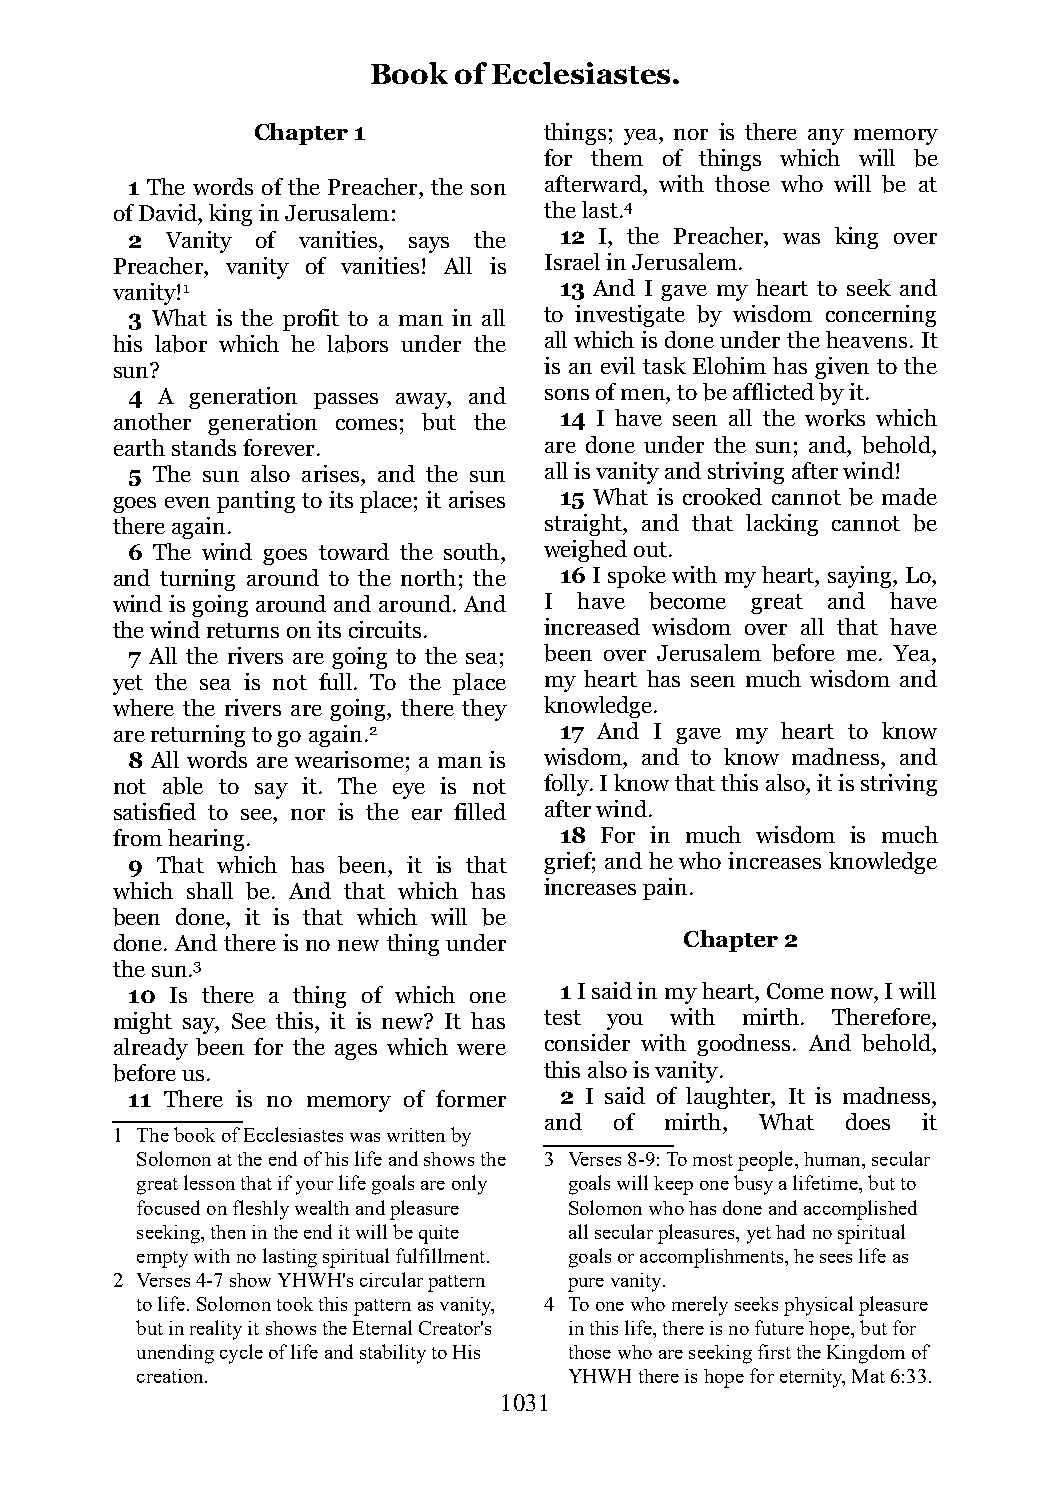
Book  of Ecclesiastes.
 Chapter 1          things; yea, nor is there any memory
 for them of things which will be
 1 The words of the Preacher, the son afterward, with those who will be at
 of David, king in Jerusalem: the last.4
 2  Vanity of vanities, says the 12 I, the Preacher, was king over
 Preacher, vanity of vanities! All is Israel in Jerusalem.
 vanity!1                      13 And I gave my heart to seek and
 3 What is the profit to a man in all to investigate by wisdom concerning
 his labor which he labors under the all which is done under the heavens. It
 sun?                         is an evil task Elohim has given to the
 4  A generation passes away, and sons of men, to be afflicted by it.
 another generation comes; but the 14 I have seen all the works which
 earth stands forever.        are done under the sun; and, behold,
 5 The sun also arises, and the sun all is vanity and striving after wind!
 goes even panting to its place; it arises 15 What is crooked cannot be made
 there again.                 straight, and that lacking cannot be
 6 The wind goes toward the south, weighed out.
 and turning around to the north; the 16 I spoke with my heart, saying, Lo,
 wind is going around and around. And I have become great and have
 the wind returns on its circuits. increased wisdom over all that have
 7 All the rivers are going to the sea; been over Jerusalem before me. Yea,
 yet the sea is not full. To the place my heart has seen much wisdom and
 where the rivers are going, there they knowledge.
 are returning to go again.2   17 And I gave my heart to know
 8 All words are wearisome; a man is wisdom, and to know madness, and
 not able to say it. The eye is not folly. I know that this also, it is striving
 satisfied to see, nor is the ear filled after wind.
 from hearing.                 18 For in much wisdom is much
 9 That which has been, it is that grief; and he who increases knowledge
 which shall be. And that which has increases pain.
 been done, it is that which will be
 done. And there is no new thing under Chapter 2
 the sun.3
 10 Is there a thing of which one 1 I said in my heart, Come now, I will
 might say, See this, it is new? It has test you with mirth. Therefore,
 already been for the ages which were consider with goodness. And behold,
 before us.                   this also is vanity.
 11 There is no memory of former 2 I said of laughter, It is madness,
 and  of mirth, What does it
 1 The book of Ecclesiastes was written by
 Solomon at the end of his life and shows the 3 Verses 8-9: To most people, human, secular
 great lesson that if your life goals are only goals will keep one busy a lifetime, but to
 focused on fleshly wealth and pleasure Solomon who has done and accomplished
 seeking, then in the end it will be quite all secular pleasures, yet had no spiritual
 empty with no lasting spiritual fulfillment. goals or accomplishments, he sees life as
 2 Verses 4-7 show YHWH's circular pattern pure vanity.
 to life. Solomon took this pattern as vanity, 4 To one who merely seeks physical pleasure
 but in reality it shows the Eternal Creator's in this life, there is no future hope, but for
 unending cycle of life and stability to His those who are seeking first the Kingdom of
 creation.                    YHWH there is hope for eternity, Mat 6:33.
 1031